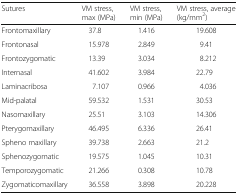
<table><thead><tr><td><b>Sutures</b></td><td><b>VM stress, max (MPa)</b></td><td><b>VM stress, min (MPa)</b></td><td><b>VM stress, average (kg/mm<sup>2</sup>)</b></td></tr></thead><tbody><tr><td>Frontomaxillary</td><td>37.8</td><td>1.416</td><td>19.608</td></tr><tr><td>Frontonasal</td><td>15.978</td><td>2.849</td><td>9.41</td></tr><tr><td>Frontozygomatic</td><td>13.39</td><td>3.034</td><td>8.212</td></tr><tr><td>Internasal</td><td>41.602</td><td>3.984</td><td>22.79</td></tr><tr><td>Laminacribosa</td><td>7.107</td><td>0.966</td><td>4.036</td></tr><tr><td>Mid-palatal</td><td>59.532</td><td>1.531</td><td>30.53</td></tr><tr><td>Nasomaxillary</td><td>25.51</td><td>3.103</td><td>14.306</td></tr><tr><td>Pterygomaxillary</td><td>46.495</td><td>6.336</td><td>26.41</td></tr><tr><td>Spheno maxillary</td><td>39.738</td><td>2.663</td><td>21.2</td></tr><tr><td>Sphenozygomatic</td><td>19.575</td><td>1.045</td><td>10.31</td></tr><tr><td>Temporozygomatic</td><td>21.266</td><td>0.308</td><td>10.78</td></tr><tr><td>Zygomaticomaxillary</td><td>36.558</td><td>3.898</td><td>20.228</td></tr></tbody></table>